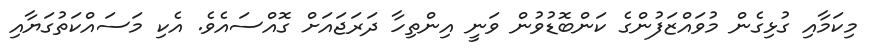
މިކަމާއި ގުޅިގެން މުވައްޒަފުންގެ ކަންބޮޑުވުން ވަނީ އިންތިހާ ދަރަޖައަށް ގޮއްސައެވެ. އެކި މަސައްކަތުގަޔާއި